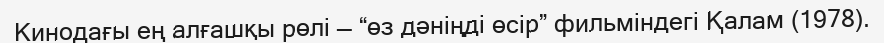
Кинодағы ең алғашқы рөлі — “өз дәніңді өсір” фильміндегі Қалам (1978).